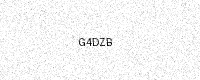
Text: G4DZB